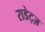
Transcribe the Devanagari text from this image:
राडेट्ज़